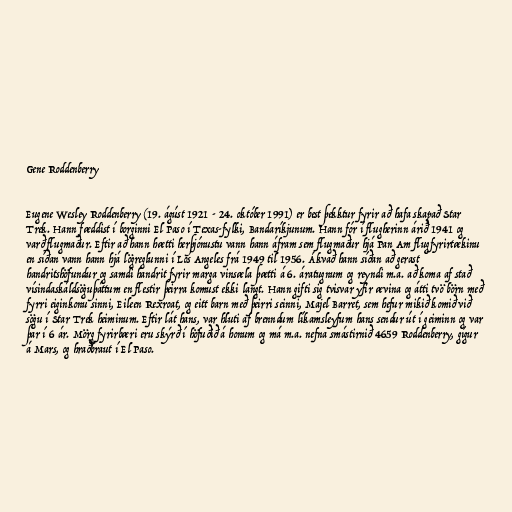
Gene Roddenberry

Eugene Wesley Roddenberry (19. ágúst 1921 - 24. október 1991) er best þekktur fyrir að hafa skapað Star
Trek. Hann fæddist í borginni El Paso í Texas-fylki, Bandaríkjunum. Hann fór í flugherinn árið 1941 og
varð flugmaður. Eftir að hann hætti herþjónustu vann hann áfram sem flugmaður hjá Pan Am flugfyrirtækinu
en síðan vann hann hjá lögreglunni í Los Angeles frá 1949 til 1956. Ákvað hann síðan að gerast
handritshöfundur og samdi handrit fyrir marga vinsæla þætti á 6. áratugnum og reyndi m.a. að koma af stað
vísindaskáldsöguþáttum en flestir þeirra komust ekki langt. Hann gifti sig tvisvar yfir ævina og átti tvö börn með
fyrri eiginkonu sinni, Eileen Rexroat, og eitt barn með þeirri seinni, Majel Barret, sem hefur mikið komið við
sögu í Star Trek heiminum. Eftir lát hans, var hluti af brenndum líkamsleyfum hans sendur út í geiminn og var
þar í 6 ár. Mörg fyrirbæri eru skýrð í höfuðið á honum og má m.a. nefna smástirnið 4659 Roddenberry, gígur
á Mars, og hraðbraut í El Paso.